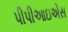
પીપીઆઇએસ